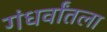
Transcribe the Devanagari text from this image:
गंधर्वांतला